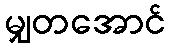
မျှတအောင်